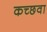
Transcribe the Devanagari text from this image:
कच्छवा